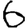
Digit: 6